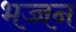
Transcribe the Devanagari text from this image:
भज्जन